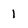
Character: 1